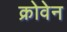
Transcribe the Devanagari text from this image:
क्रोवेन